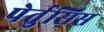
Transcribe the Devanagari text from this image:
पेर्तुसिस